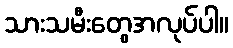
သားသမီးတွေအလုပ်ပါ။